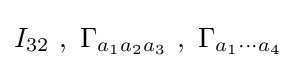
I_{32}~,~\Gamma _{a_{1}a_{2}a_{3}}~,~\Gamma _{a_{1}\dotsm a_{4}}